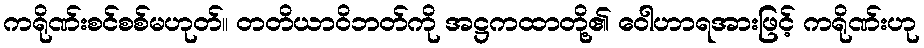
ကရိုဏ်းစင်စစ်မဟုတ်။ တတိယာဝိဘတ်ကို အဋ္ဌကထာတို့၏ ဝေါဟာရအားဖြင့် ကရိုဏ်းဟု